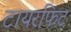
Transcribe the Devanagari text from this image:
टायरफिट